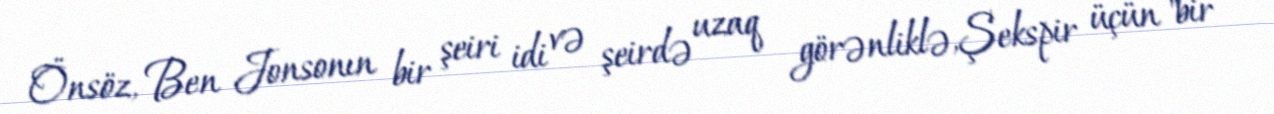
Önsöz, Ben Jonsonın bir şeiri idi və şeirdə uzaq görənliklə,Şekspir üçün "bir